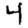
Digit: 4